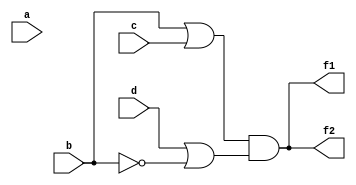
module l2q2a(a,b,c,d,f1,f2);
input a,b,c,d;
output f1,f2;
or(k1,b,c);
or(k2,d,~b);

and(f1,k1,k2);
assign f2=(c|b)&(d|~b);
endmodule